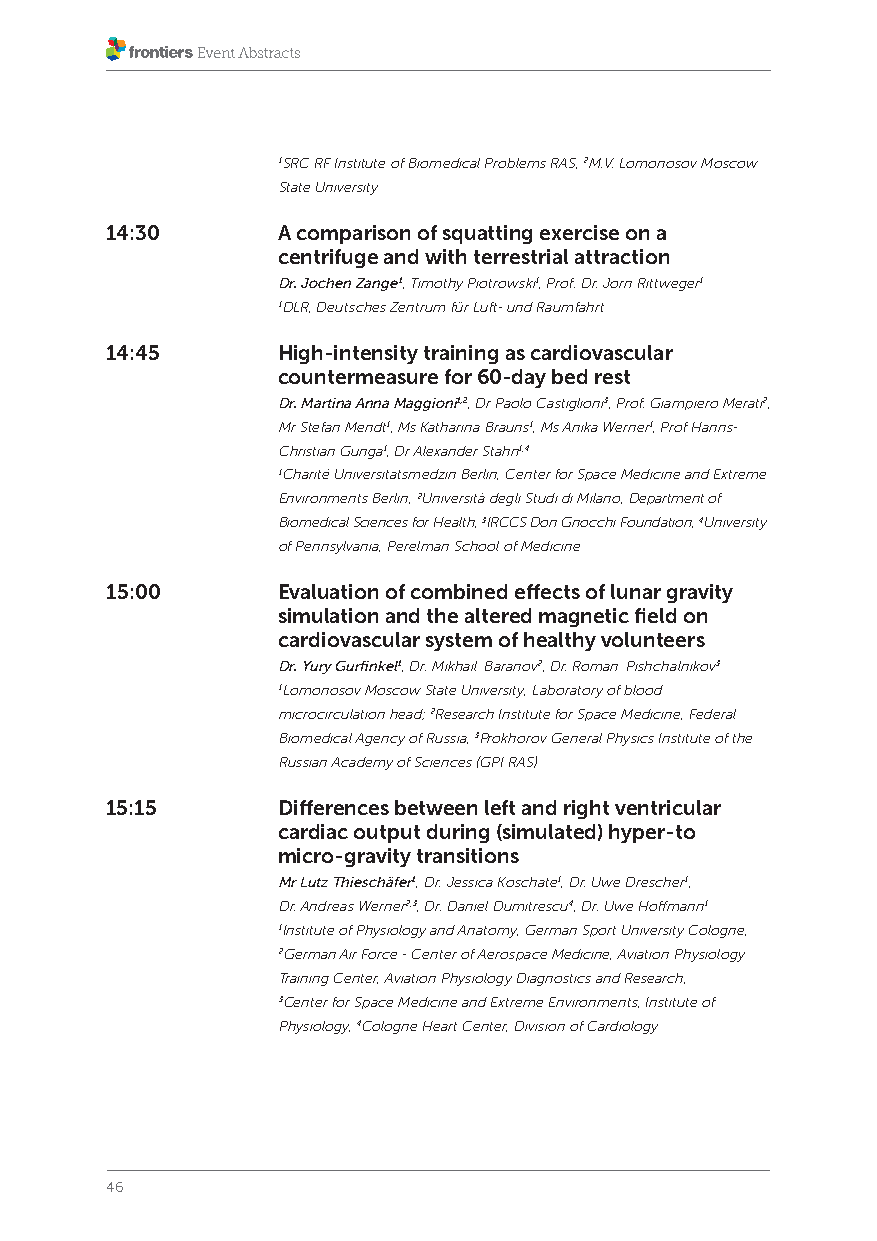
1SRC RF Institute of Biomedical Problems RAS, 2M.V. Lomonosov Moscow
 State University
 14:30      A comparison of squatting exercise on a
 centrifuge and with terrestrial attraction
 Dr. Jochen Zange1, Timothy Piotrowski1, Prof. Dr. Jörn Rittweger1
 1DLR, Deutsches Zentrum für Luft- und Raumfahrt
 14:45      High-intensity training as cardiovascular
 countermeasure for 60-day bed rest
 Dr. Martina Anna Maggioni1,2, Dr Paolo Castiglioni3, Prof. Giampiero Merati2,
 Mr Stefan Mendt1, Ms Katharina Brauns1, Ms Anika Werner1, Prof Hanns-
 Christian Gunga1, Dr Alexander Stahn1,4
 1Charité Universitätsmedzin Berlin, Center for Space Medicine and Extreme
 Environments Berlin, 2Università degli Studi di Milano, Department of
 Biomedical Sciences for Health, 3IRCCS Don Gnocchi Foundation, 4University
 of Pennsylvania, Perelman School of Medicine
 15:00      Evaluation of combined effects of lunar gravity
 simulation and the altered magnetic field on
 cardiovascular system of healthy volunteers
 Dr. Yury Gurfinkel1, Dr. Mikhail Baranov2, Dr. Roman Pishchalnikov3
 1Lomonosov Moscow State University, Laboratory of blood
 microcirculation head; 2Research Institute for Space Medicine, Federal
 Biomedical Agency of Russia, 3Prokhorov General Physics Institute of the
 Russian Academy of Sciences (GPI RAS)
 15:15      Differences between left and right ventricular
 cardiac output during (simulated) hyper-to
 micro-gravity transitions
 Mr Lutz Thieschäfer1, Dr. Jessica Koschate1, Dr. Uwe Drescher1,
 Dr. Andreas Werner2,3, Dr. Daniel Dumitrescu4, Dr. Uwe Hoffmann1
 1Institute of Physiology and Anatomy, German Sport University Cologne,
 2German Air Force - Center of Aerospace Medicine, Aviation Physiology
 Training Center, Aviation Physiology Diagnostics and Research,
 3Center for Space Medicine and Extreme Environments, Institute of
 Physiology, 4Cologne Heart Center, Division of Cardiology
 46